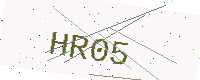
Text: HR05